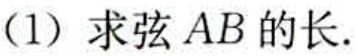
（1）求弦 \(AB\) 的长.